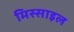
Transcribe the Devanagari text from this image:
मिस्साइल